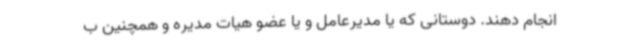
انجام دهند. دوستانی که یا مدیرعامل و یا عضو هیات مدیره و همچنین ب